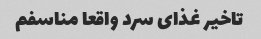
تاخیر غذای سرد واقعا مناسفم